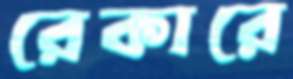
রেকারে